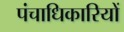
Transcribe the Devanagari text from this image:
पंचाधिकारियों